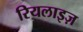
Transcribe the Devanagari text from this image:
रियलाइज़